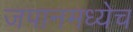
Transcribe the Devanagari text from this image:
जपानमध्येच